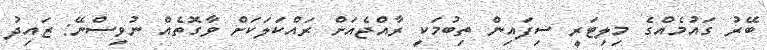
ބޭރު ގައުމެއްގެ މިލިޓަރީ ސިފައިން ތިބުމަކީ ރާއްޖެއަށް ރައްކަލަކަށް ވާގޮތެއް ނުވިސްނޭ: ޒައިދު